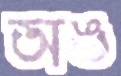
অঙ